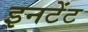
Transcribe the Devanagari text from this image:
इनटेंट